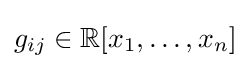
g_{ij}\in \mathbb {R} [x_{1},\ldots ,x_{n}]